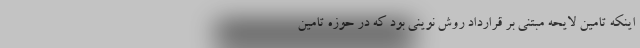
اینکه تامین لایحه مبتنی بر قرارداد روش نوینی بود که در حوزه تامین